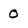
Character: O